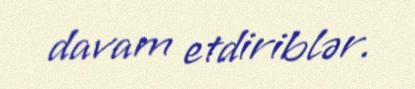
davam etdiriblər.